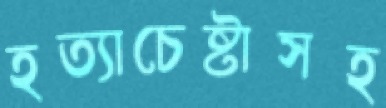
হত্যাচেষ্টাসহ